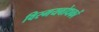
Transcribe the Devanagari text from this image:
विस्मयबोधकों